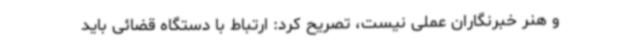
و هنر خبرنگاران عملی نیست، تصریح کرد: ارتباط با دستگاه قضائی باید